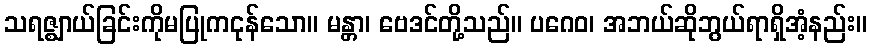
သရဇ္ဈာယ်ခြင်းကိုမပြုကငုန်သော။ မန္တာ၊ ဗေဒင်တို့သည်။ ပဂေဝ၊ အဘယ်ဆိုဘွယ်ရာရှိအံ့နည်း။